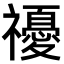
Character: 𥜚